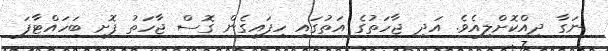
ނަގާ ދިއްކޮށްލިއެވެ. އަދި ޖާހަތުގެ އަތުގައި ހިފައިގެން ގޮސް ޖާހަތު ފޮށި ބަހައްޓާފަ